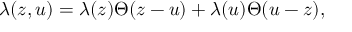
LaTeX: \lambda ( z , u ) = \lambda ( z ) \Theta ( z - u ) + \lambda ( u ) \Theta ( u - z ) ,